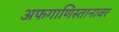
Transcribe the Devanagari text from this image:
अफगाणिस्तानावर